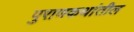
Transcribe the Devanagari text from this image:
पुराणकथांतील